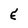
Character: E